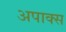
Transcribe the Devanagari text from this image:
अपाक्स